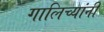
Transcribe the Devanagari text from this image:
गालिच्यांनी